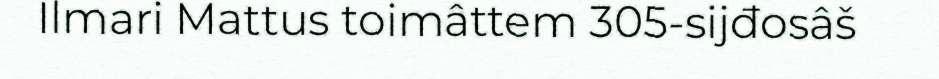
Ilmari Mattus toimâttem 305-sijđosâš